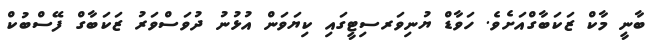
ބާނީ މާކް ޒަކަބާގްއަށެވެ. ހަވާޑް ޔުނިވަރސިޓީގައި ކިޔަވަން އުޅުނު ދުވަސްވަރު ޒަކަބާގް ފޭސްބުކް